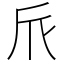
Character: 𠂢